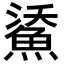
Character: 𩷯